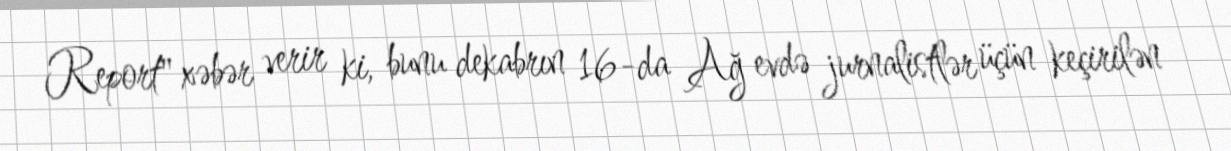
Report" xəbər verir ki, bunu dekabrın 16-da Ağ evdə jurnalistlər üçün keçirilən